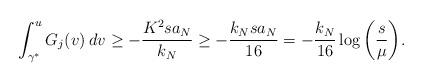
LaTeX: \begin{align*}\int_{\gamma^*}^u G_j(v) \: dv \geq - \frac{K^2 s a_N}{k_N} \geq - \frac{k_N s a_N}{16} = -\frac{k_N}{16} \log \bigg( \frac{s}{\mu} \bigg).\end{align*}